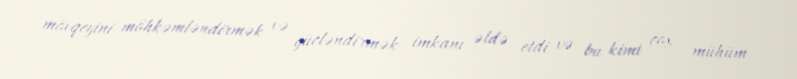
mövqeyini möhkəmləndirmək və gücləndirmək imkanı əldə etdi və bu kimi çox mühüm